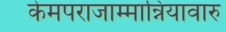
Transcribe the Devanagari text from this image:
केमपराजाम्मान्नियावारु